Civil Veterinary Department. United Provinces 1932-42 - 1932-1942
Year: 1932
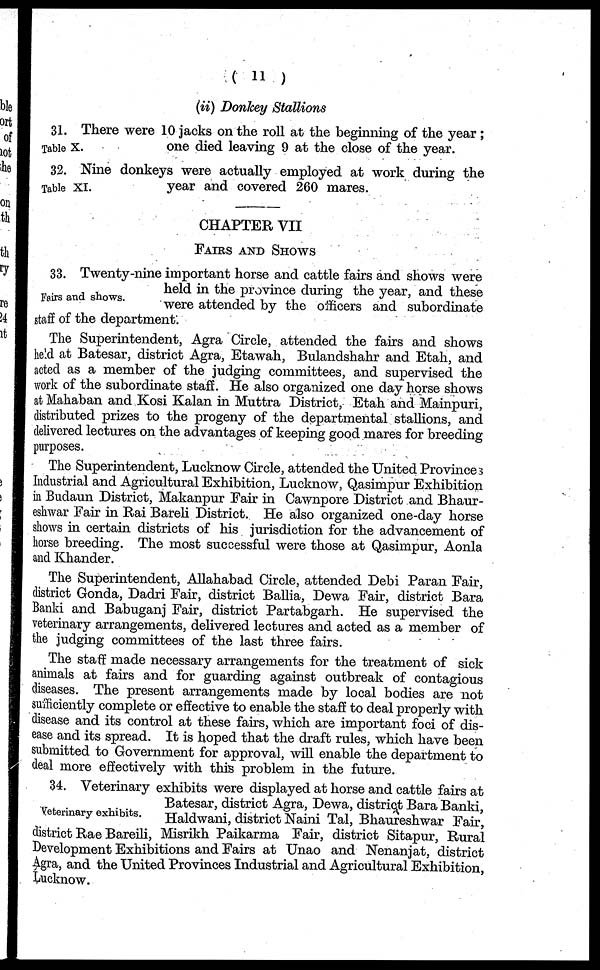
( 11 )
(ii) Donkey Stallions
Table X.
31. There were 10 jacks on the roll at the beginning of the year;
one died leaving 9 at the close of the year.
Table XI.
32. Nine donkeys were actually employed at work during the
year and covered 260 mares.
CHAPTER VII
FAIRS AND SHOWS
Fairs and shows.
33. Twenty-nine important horse and cattle fairs and shows were
held in the province during the year, and these
were attended by the officers and subordinate
staff of the department.
The Superintendent, Agra Circle, attended the fairs and shows
held at Batesar, district Agra, Etawah, Bulandshahr and Etah, and
acted as a member of the judging committees, and supervised the
work of the subordinate staff. He also organized one day horse shows
at Mahaban and Kosi Kalan in Muttra District, Etah and Mainpuri,
distributed prizes to the progeny of the departmental stallions, and
delivered lectures on the advantages of keeping good mares for breeding
purposes.
The Superintendent, Lucknow Circle, attended the United Provinces
Industrial and Agricultural Exhibition, Lucknow, Qasimpur Exhibition
in Budaun District, Makanpur Fair in Cawnpore District and Bhaur-
eshwar Fair in Rai Bareli District. He also organized one-day horse
shows in certain districts of his jurisdiction for the advancement of
horse breeding. The most successful were those at Qasimpur, Aonla
and Khander.
The Superintendent, Allahabad Circle, attended Debi Paran Fair,
district Gonda, Dadri Fair, district Ballia, Dewa Fair, district Bara
Banki and Babuganj Fair, district Partabgarh. He supervised the
veterinary arrangements, delivered lectures and acted as a member of
the judging committees of the last three fairs.
The staff made necessary arrangements for the treatment of sick
animals at fairs and for guarding against outbreak of contagious
diseases. The present arrangements made by local bodies are not
sufficiently complete or effective to enable the staff to deal properly with
disease and its control at these fairs, which are important foci of dis-
ease and its spread. It is hoped that the draft rules, which have been
submitted to Government for approval, will enable the department to
deal more effectively with this problem in the future.
Veterinary exhibits.
34. Veterinary exhibits were displayed at horse and cattle fairs at
Batesar, district Agra, Dewa, district Bara Banki,
Haldwani, district Naini Tal, Bhaureshwar Fair,
district Rae Bareili, Misrikh Paikarma Fair, district Sitapur, Rural
Development Exhibitions and Fairs at Unao and Nenanjat, district
Agra, and the United Provinces Industrial and Agricultural Exhibition,
Lucknow.